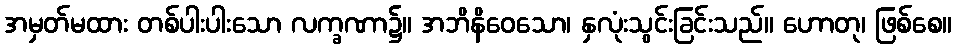
အမှတ်မထား တစ်ပါးပါးသော လက္ခဏာ၌။ အဘိနိဝေသော၊ နှလုံးသွင်းခြင်းသည်။ ဟောတု၊ ဖြစ်စေ။